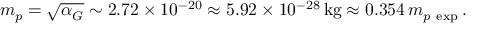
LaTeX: m _ { p } = \sqrt { \alpha _ { G } } \sim 2 . 7 2 \times 1 0 ^ { - 2 0 } \approx 5 . 9 2 \times 1 0 ^ { - 2 8 } \, \mathrm { k g } \approx 0 . 3 5 4 \, m _ { p \ \mathrm { e x p } } \, .